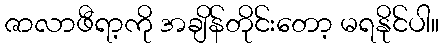
ဇာလာဖီရာ့ကို အချိန်တိုင်းတော့ မရနိုင်ပါ။